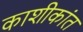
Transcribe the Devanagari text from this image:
काशीकांत